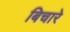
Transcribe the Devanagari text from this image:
बिचारे